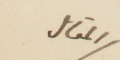
المقال